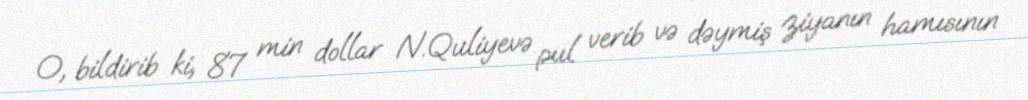
O, bildirib ki, 87 min dollar N.Quliyevə pul verib və dəymiş ziyanın hamısının